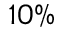
1 0 \%